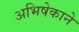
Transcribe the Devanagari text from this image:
अभिषेकाने